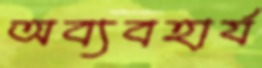
অব্যবহার্য